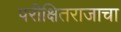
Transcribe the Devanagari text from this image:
परीक्षितराजाचा